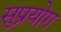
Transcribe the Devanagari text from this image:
सुप्रयोग